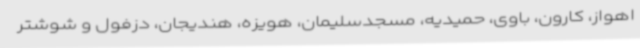
اهواز، کارون، باوی، حمیدیه، مسجدسلیمان، هویزه، هندیجان، دزفول و شوشتر